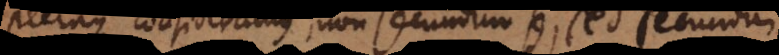
Pleraque consideramus, non secundum se, sed secundum